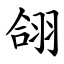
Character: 翖